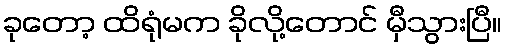
ခုတော့ ထိရုံမက ခိုလို့တောင် မှီသွားပြီ။